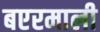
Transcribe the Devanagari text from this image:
बएरमाली